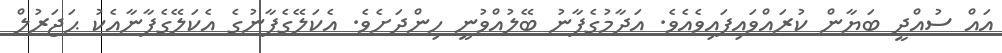
އައް ސުއްދީ ބަޔާން ކުރައްވައިފައިވެއެވެ. އަދާމުގެފާނު ބޭލުއްވުނީ ހިންދަށެވެ. އެކަލޭގެފާނުގެ އެކަލޭގެފާނާއެކު ޙަޖަރުލް